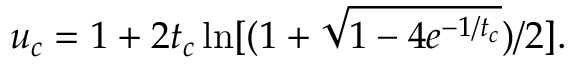
u _ { c } = 1 + 2 t _ { c } \ln [ ( 1 + \sqrt { 1 - 4 e ^ { - 1 / t _ { c } } } ) / 2 ] .